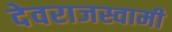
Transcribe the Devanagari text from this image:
देवराजस्वामी